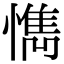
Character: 懏